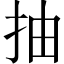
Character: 抽